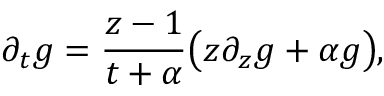
\partial _ { t } g = \frac { z - 1 } { t + \alpha } \big ( z \partial _ { z } g + \alpha g \big ) ,